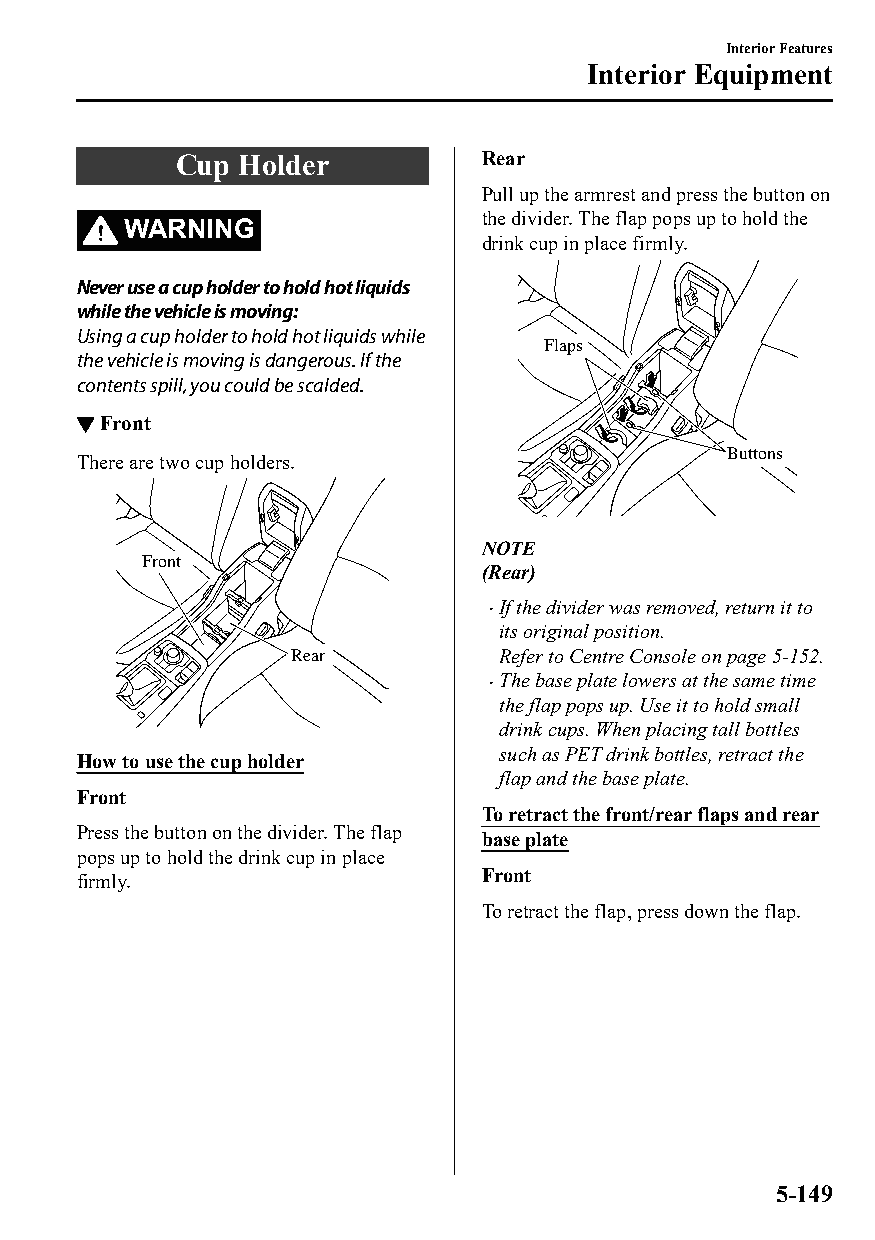
Interior Features
 Interior Equipment
 Cup  Holder          Rear
 Pull up the armrest and press the button on
 the divider. The flap pops up to hold the
 WARNING
 drink cup in place firmly.
 Never use a cup holder to hold hot liquids
 while the vehicle is moving:
 Using a cup holder to hold hot liquids while
 Flaps
 the vehicle is moving is dangerous. If the
 contents spill, you could be scalded.
 ▼Front
 Buttons
 There are two cup holders.
 NOTE
 Front
 (Rear)
 If the divider was removed, return it to
 
 its original position.
 Rear          Refer to Centre Console on page 5-152.
 The base plate lowers at the same time
 
 the flap pops up. Use it to hold small
 drink cups. When placing tall bottles
 such as PET drink bottles, retract the
 How to use the cup holder
 flap and the base plate.
 Front
 To retract the front/rear flaps and rear
 Press the button on the divider. The flap base plate
 pops up to hold the drink cup in place
 Front
 firmly.
 To retract the flap, press down the flap.
 5-149
 CX-3_8GT4-EE-18D_Edition4                  2018-9-6 18:32:19